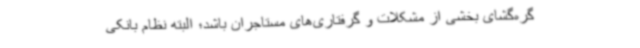
گره‌گشای بخشی از مشکلات و گرفتاری‌های مستاجران باشد؛ البته نظام بانکی